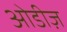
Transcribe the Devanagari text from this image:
ओडीज़